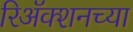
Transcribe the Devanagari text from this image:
रिअॅक्शनच्या